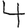
Digit: 4